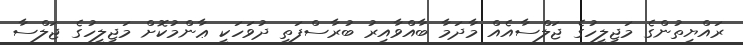
ރައްޔިތުންގެ މަޖިލީހުގެ ޖަލްސާއެއް މާދަމާ ބާއްވާއިރު ބުރާސްފަތި ދުވަހަކީ ޢާންމުކޮށް މަޖިލީހުގެ ޖަލްސާ